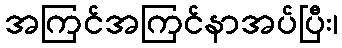
အကြင်အကြင်နာအပ်ပြီး၊